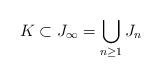
LaTeX: \begin{align*}K\subset J_\infty=\bigcup_{n\geq 1}J_n\end{align*}